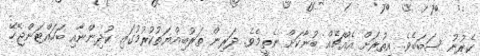
ކެރުނު ސަބަބެވެ. އިތުރަށް އެއްޗެއް ބުނާކަށް ނެތީމެވެ. ދަރިން ތަރުބިއްޔަތުކުރުމުގައި ކުދިންނާއި ބަހައްޓަންޖެހޭ